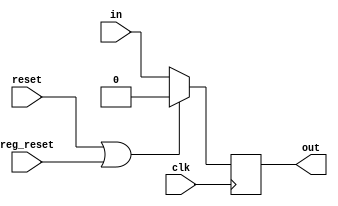
module zero_reg (clk, reset, reg_reset, in, out);

input clk,reset,reg_reset;
input in;
output reg out;

always @(posedge clk)
begin

if (reset | reg_reset)
out <= 1'b0;
else
out <= in;
end

endmodule